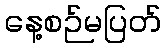
နေ့စဉ်မပြတ်